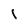
Character: l